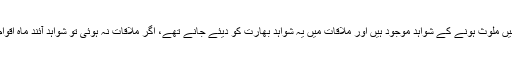
ان کا کہنا تھا کہ پاکستان کے پاس بھارتی ایجنسی را کے دہشت گردی میں ملوث ہونے کے شواہد موجود ہیں اور ملاقات میں یہ شواہد بھارت کو دیئے جانے تھے، اگر ملاقات نہ ہوئی تو شواہد آئند ماہ اقوام متحدہ کی جنرل اسمبلی کے اجلاس کے موقع پر ان کو دیئے جائیں گے۔